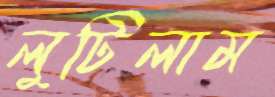
লুটিলাম